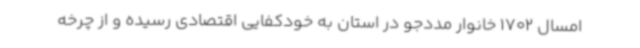
امسال 1702 خانوار مددجو در استان به خودکفایی اقتصادی رسیده و از چرخه